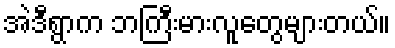
အဲဒီရွာက ဘကြီးမားလူတွေများတယ်။